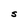
Character: S